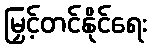
မြှင့်တင်နိုင်ရေး